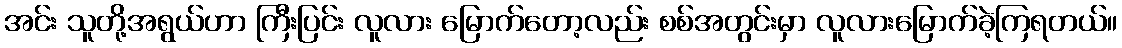
အင်း သူတို့အရွယ်ဟာ ကြီးပြင်း လူလား မြောက်တော့လည်း စစ်အတွင်းမှာ လူလားမြောက်ခဲ့ကြရတယ်။